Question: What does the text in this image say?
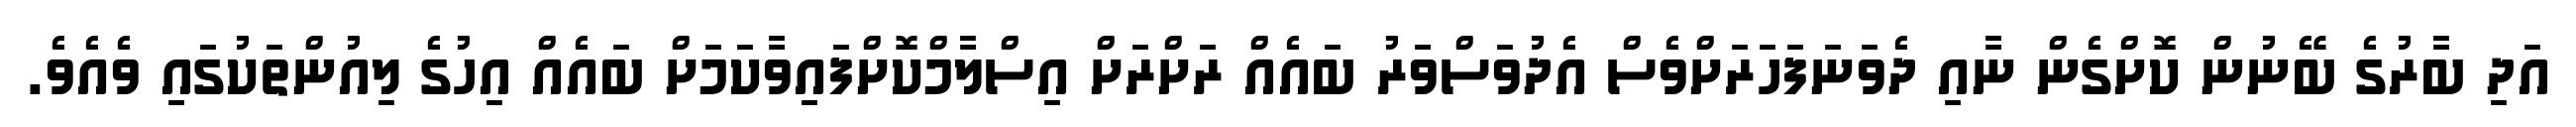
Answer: އަދި ބާރުގެ ބޭނުން ކޮށްގެން ނާއި ދެވަނަފަހަރަށްވެސް އެދުވަސްވަރު ބައެއް ރަށްރަށް އިސްލާމްކޮށްފައިވާކަމަށް ބައެއް އިހުގެ ލިއުންތަކުގައި ވެއެވެ.